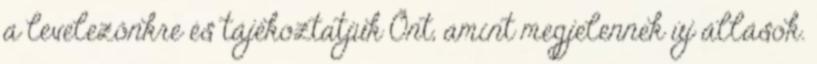
a levelezőnkre és tájékoztatjuk Önt, amint megjelennek új állások.